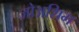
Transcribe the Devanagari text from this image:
जोअशिम